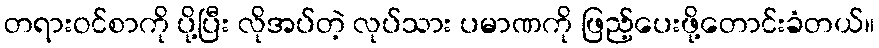
တရားဝင်စာကို ပို့ပြီး လိုအပ်တဲ့ လုပ်သား ပမာဏကို ဖြည့်ပေးဖို့တောင်းခံတယ်။